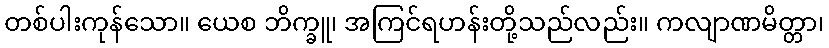
တစ်ပါးကုန်သော။ ယေစ ဘိက္ခူ၊ အကြင်ရဟန်းတို့သည်လည်း။ ကလျာဏမိတ္တာ၊